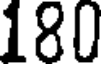
180